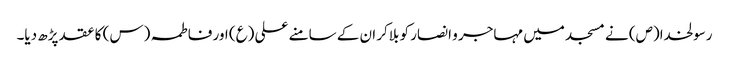
رسولخدا(ص) نے مسجد میں مہاجر و انصار کو بلاکر ان کے سامنے علی (ع) اور فاطمہ (س) کا عقد پڑھ دیا۔